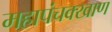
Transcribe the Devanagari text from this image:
महापंचक्खाण